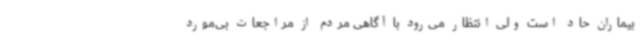
بیماران حاد است ولی انتظار می‌رود با آگاهی مردم از مراجعات بی‌مورد